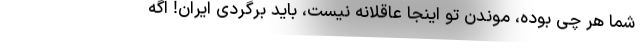
شما هر چی بوده، موندن تو اینجا عاقلانه نیست، باید برگردی ایران! اگه